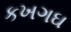
કખગઘ